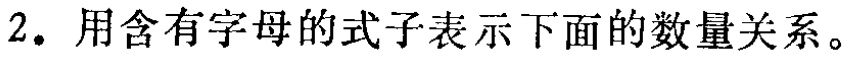
2. 用含有字母的式子表示下面的数量关系。